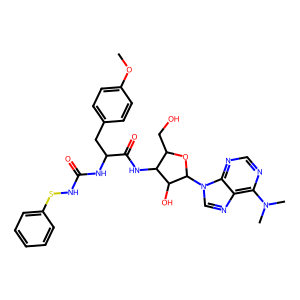
SMILES: COc1ccc(CC(NC(=O)NSc2ccccc2)C(=O)NC2C(CO)OC(n3cnc4c(N(C)C)ncnc43)C2O)cc1
Inhibits HIV replication: No